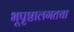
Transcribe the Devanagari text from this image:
भूपृष्ठालगतचा